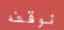
نوقفه